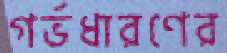
গর্ভধারণের